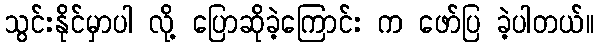
သွင်းနိုင်မှာပါ လို့ ပြောဆိုခဲ့ကြောင်း က ဖော်ပြ ခဲ့ပါတယ်။